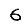
Digit: 6